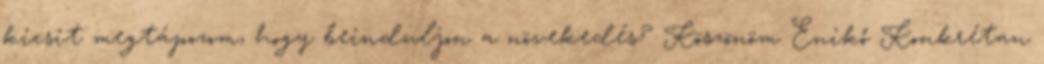
kicsit megtápozom, hogy beinduljon a növekedés? Köszönöm Enikő Konkrétan